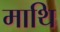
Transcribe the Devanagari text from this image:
माथि